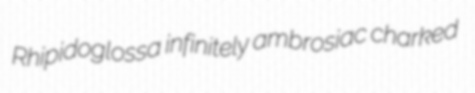
Rhipidoglossa infinitely ambrosiac charked